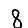
Digit: 8